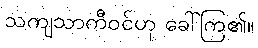
သကျသာကီဝင်ဟု ခေါ်ကြ၏။